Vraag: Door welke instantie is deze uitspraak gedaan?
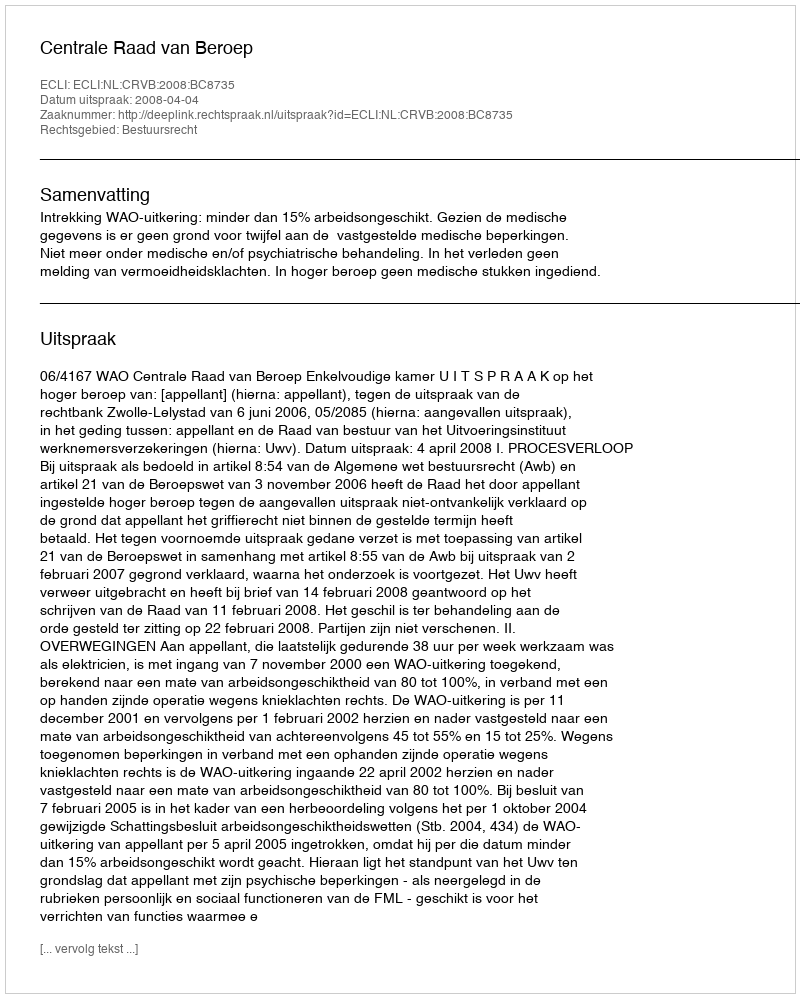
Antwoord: Centrale Raad van Beroep